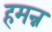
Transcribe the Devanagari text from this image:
हमन्न